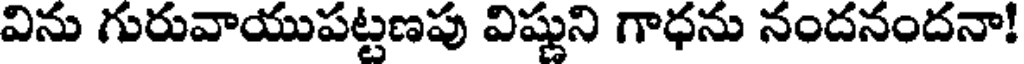
విను గురువాయుపట్టణపు విష్ణుని గాధను నందనందనా!